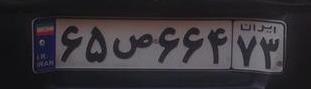
۶۵ص۶۶۴۷۳